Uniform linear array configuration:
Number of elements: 48
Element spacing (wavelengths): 0.75
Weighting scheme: binomial
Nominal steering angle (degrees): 0
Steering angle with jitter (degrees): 0.9838
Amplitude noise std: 0.05
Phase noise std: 0.05

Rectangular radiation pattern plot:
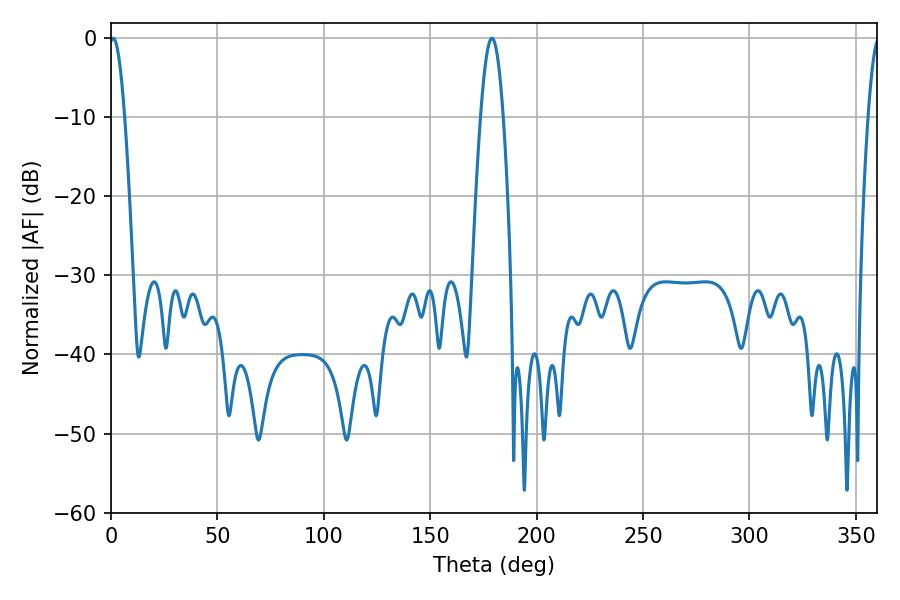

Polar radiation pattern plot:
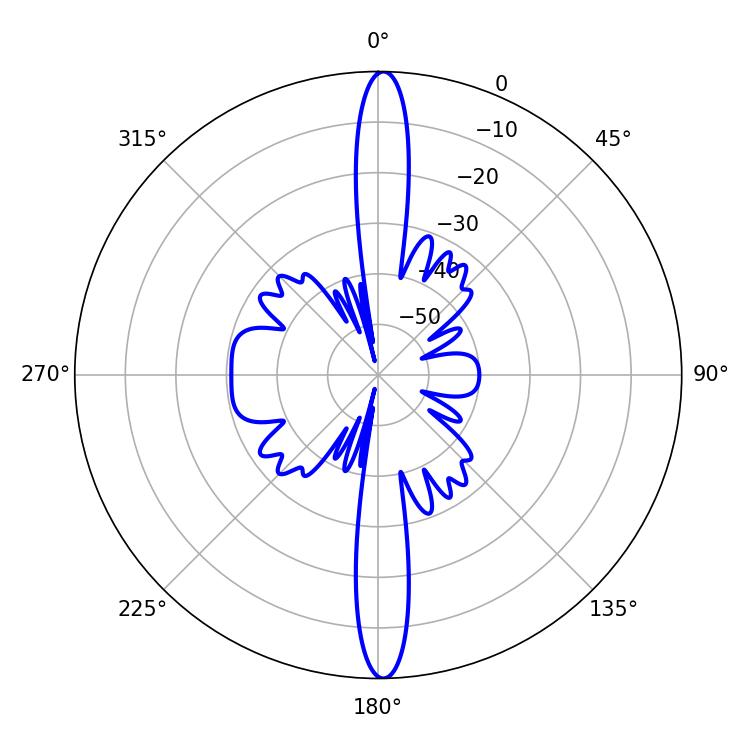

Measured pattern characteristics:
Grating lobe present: TRUE
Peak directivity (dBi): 27.659
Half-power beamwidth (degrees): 3.96
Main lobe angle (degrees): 1.08